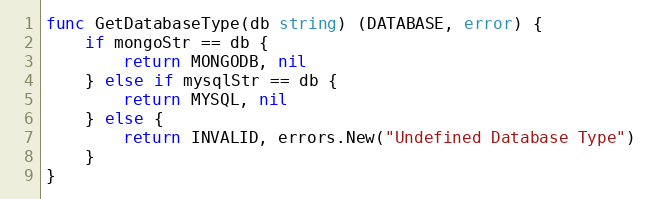
Language: Go
func GetDatabaseType(db string) (DATABASE, error) {
	if mongoStr == db {
		return MONGODB, nil
	} else if mysqlStr == db {
		return MYSQL, nil
	} else {
		return INVALID, errors.New("Undefined Database Type")
	}
}